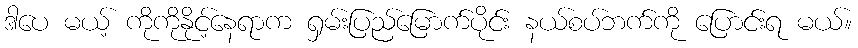
ဒါပေ မယ့် ကိုကိုနိုင့်နေရာက ရှမ်းပြည်မြောက်ပိုင်း နယ်စပ်ဘက်ကို ပြောင်းရ မယ်။